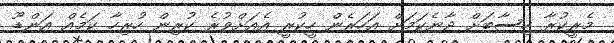
މެރީކުރާ ހިސާބަށް ދާނެކަމަށް އަހަރެން ހީކުރީ އެއަށްވުރެ ކުރިން ހުރިހާ ކަމެއް އަންޑޫ